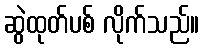
ဆွဲထုတ်ပစ် လိုက်သည်။